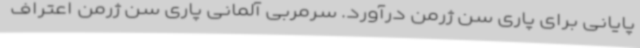
پایانی برای پاری سن ژرمن درآورد. سرمربی آلمانی پاری سن ژرمن اعتراف